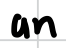
Text: an
Cross-out: clean
Writing tool: digital_black